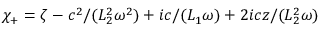
\chi _ { + } = \zeta - c ^ { 2 } / ( L _ { 2 } ^ { 2 } \omega ^ { 2 } ) + i c / ( L _ { 1 } \omega ) + 2 i c z / ( L _ { 2 } ^ { 2 } \omega )